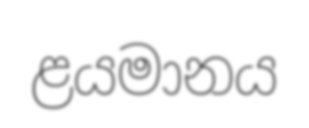
ළයමානය